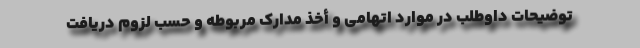
توضیحات داوطلب در موارد اتهامی و أخذ مدارک مربوطه و حسب لزوم دریافت